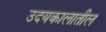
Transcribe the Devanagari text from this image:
उदयकालातील